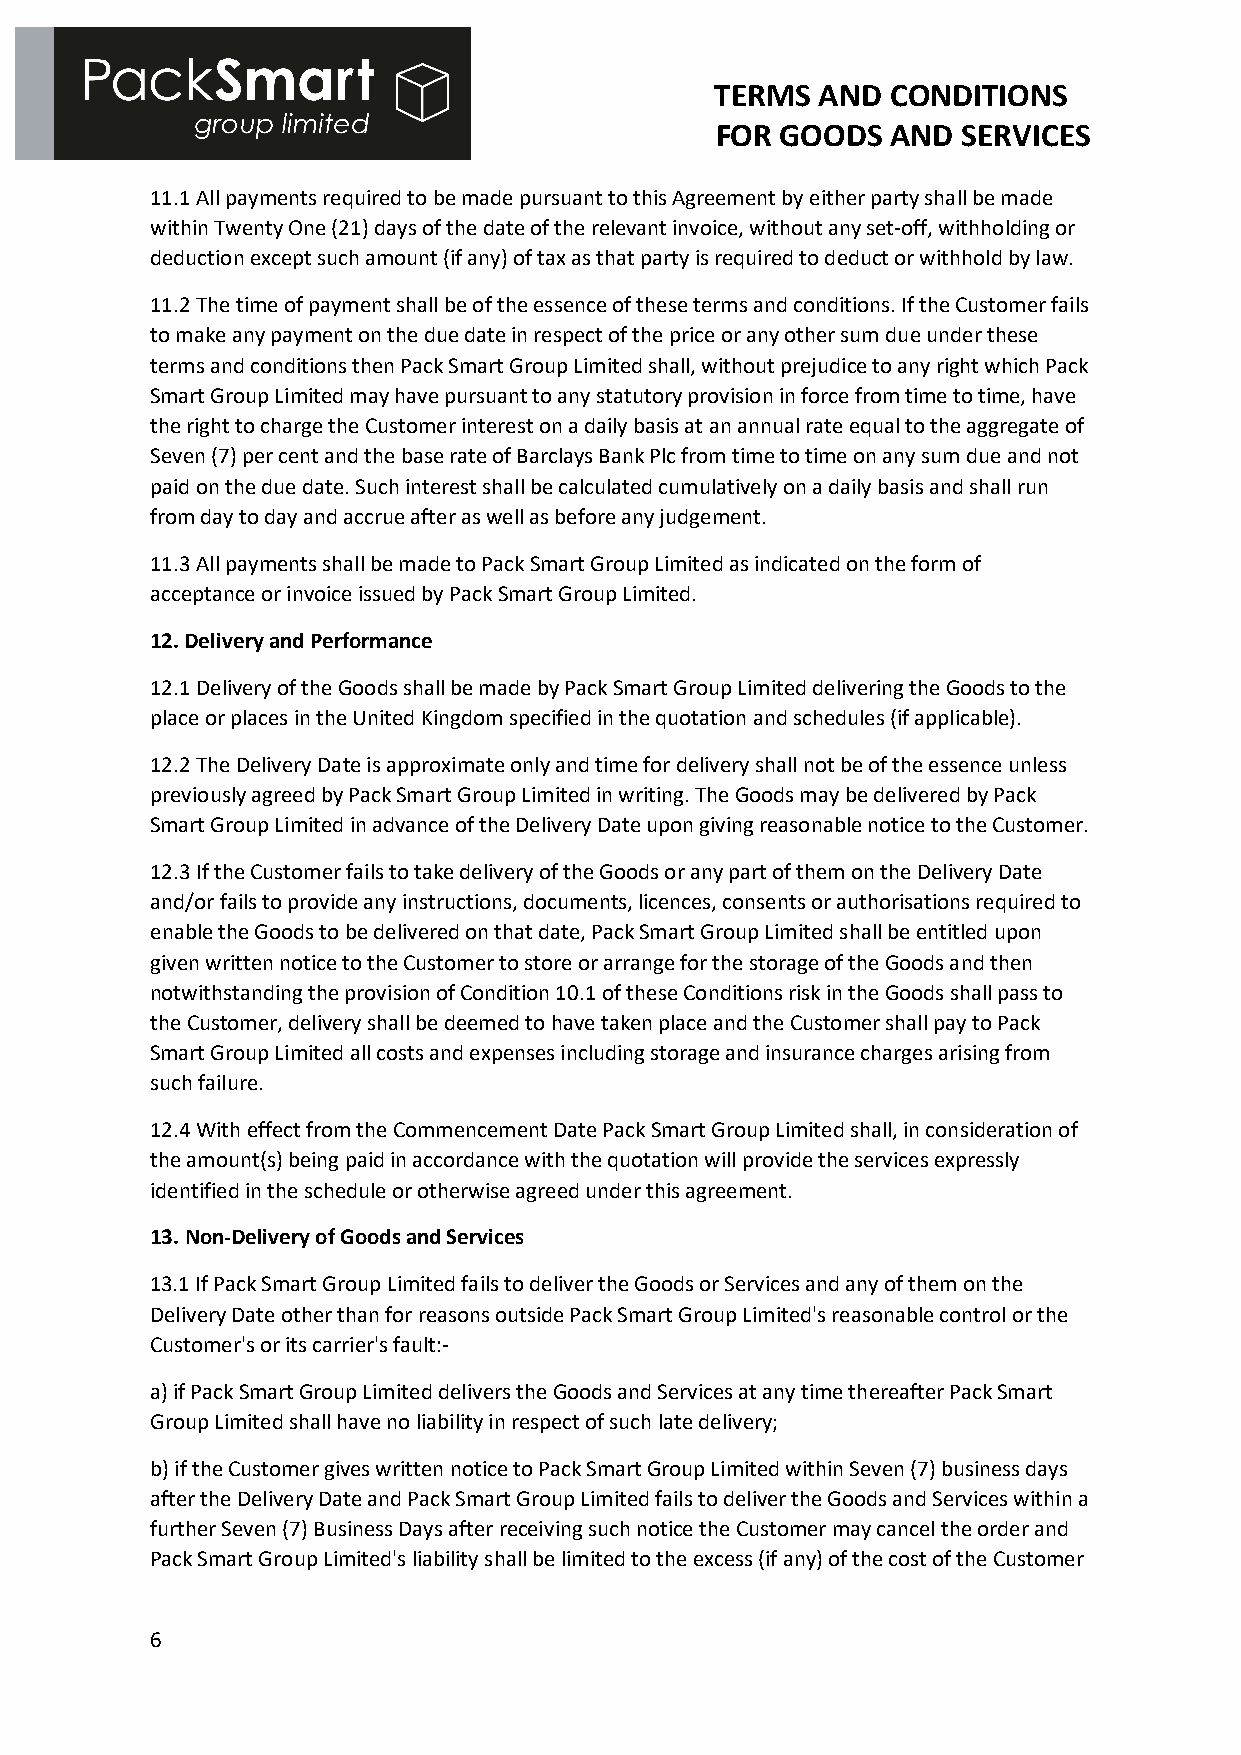
TERMS  AND  CONDITIONS
 FOR  GOODS  AND  SERVICES
 11.1 All payments required to be made pursuant to this Agreement by either party shall be made
 within Twenty One (21) days of the date of the relevant invoice, without any set-off, withholding or
 deduction except such amount (if any) of tax as that party is required to deduct or withhold by law.
 11.2 The time of payment shall be of the essence of these terms and conditions. If the Customer fails
 to make any payment on the due date in respect of the price or any other sum due under these
 terms and conditions then Pack Smart Group Limited shall, without prejudice to any right which Pack
 Smart Group Limited may have pursuant to any statutory provision in force from time to time, have
 the right to charge the Customer interest on a daily basis at an annual rate equal to the aggregate of
 Seven (7) per cent and the base rate of Barclays Bank Plc from time to time on any sum due and not
 paid on the due date. Such interest shall be calculated cumulatively on a daily basis and shall run
 from day to day and accrue after as well as before any judgement.
 11.3 All payments shall be made to Pack Smart Group Limited as indicated on the form of
 acceptance or invoice issued by Pack Smart Group Limited.
 12. Delivery and Performance
 12.1 Delivery of the Goods shall be made by Pack Smart Group Limited delivering the Goods to the
 place or places in the United Kingdom specified in the quotation and schedules (if applicable).
 12.2 The Delivery Date is approximate only and time for delivery shall not be of the essence unless
 previously agreed by Pack Smart Group Limited in writing. The Goods may be delivered by Pack
 Smart Group Limited in advance of the Delivery Date upon giving reasonable notice to the Customer.
 12.3 If the Customer fails to take delivery of the Goods or any part of them on the Delivery Date
 and/or fails to provide any instructions, documents, licences, consents or authorisations required to
 enable the Goods to be delivered on that date, Pack Smart Group Limited shall be entitled upon
 given written notice to the Customer to store or arrange for the storage of the Goods and then
 notwithstanding the provision of Condition 10.1 of these Conditions risk in the Goods shall pass to
 the Customer, delivery shall be deemed to have taken place and the Customer shall pay to Pack
 Smart Group Limited all costs and expenses including storage and insurance charges arising from
 such failure.
 12.4 With effect from the Commencement Date Pack Smart Group Limited shall, in consideration of
 the amount(s) being paid in accordance with the quotation will provide the services expressly
 identified in the schedule or otherwise agreed under this agreement.
 13. Non-Delivery of Goods and Services
 13.1 If Pack Smart Group Limited fails to deliver the Goods or Services and any of them on the
 Delivery Date other than for reasons outside Pack Smart Group Limited's reasonable control or the
 Customer's or its carrier's fault:-
 a) if Pack Smart Group Limited delivers the Goods and Services at any time thereafter Pack Smart
 Group Limited shall have no liability in respect of such late delivery;
 b) if the Customer gives written notice to Pack Smart Group Limited within Seven (7) business days
 after the Delivery Date and Pack Smart Group Limited fails to deliver the Goods and Services within a
 further Seven (7) Business Days after receiving such notice the Customer may cancel the order and
 Pack Smart Group Limited's liability shall be limited to the excess (if any) of the cost of the Customer
 6